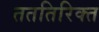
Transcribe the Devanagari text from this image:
तततिरिक्त